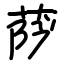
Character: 萨